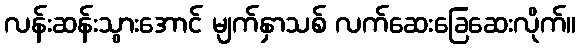
လန်းဆန်းသွားအောင် မျက်နှာသစ် လက်ဆေးခြေဆေးလိုက်။